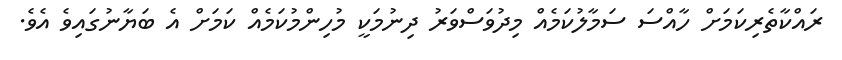
ރައްކާތެރިކަމަށް ހާއްސަ ސަމާލުކަމެއް މިދުވަސްވަރު ދިނުމަކީ މުހިންމުކަމެއް ކަމަށް އެ ބަޔާނުގައިވެ އެވެ.